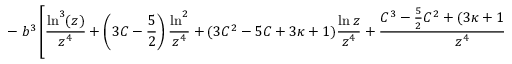
- \left. b ^ { 3 } \left[ \frac { \ln ^ { 3 } ( z ) } { z ^ { 4 } } + \left( 3 C - \frac { 5 } { 2 } \right) \frac { \ln ^ { 2 } } { z ^ { 4 } } + ( 3 C ^ { 2 } - 5 C + 3 \kappa + 1 ) \frac { \ln z } { z ^ { 4 } } + \frac { C ^ { 3 } - \frac { 5 } { 2 } C ^ { 2 } + ( 3 \kappa + 1 ) C + \bar { \kappa } } { z ^ { 4 } } \right] \right\} .